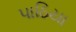
પાઠિયા